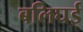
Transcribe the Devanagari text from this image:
बलिघई